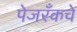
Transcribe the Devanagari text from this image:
पेजरँकचे